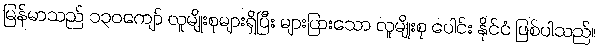
မြန်မာသည် ၁၃၀ကျော် လူမျိုးစုများရှိပြီး များပြားသော လူမျိုးစု ပေါင်း နိုင်ငံ ဖြစ်ပါသည်။